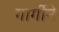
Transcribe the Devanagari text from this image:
गार्गीने